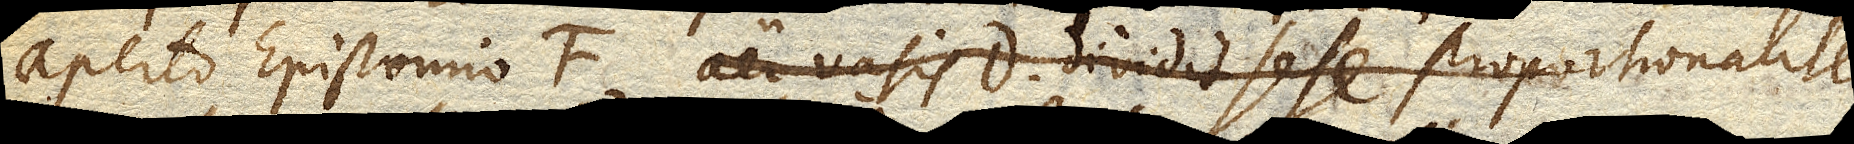
aperto Epistomio aer vasis D dividit sese proportionaliter